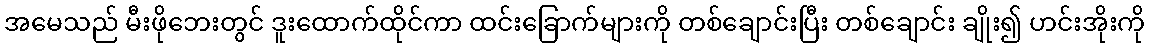
အမေသည် မီးဖိုဘေးတွင် ဒူးထောက်ထိုင်ကာ ထင်းခြောက်များကို တစ်ချောင်းပြီး တစ်ချောင်း ချိုး၍ ဟင်းအိုးကို